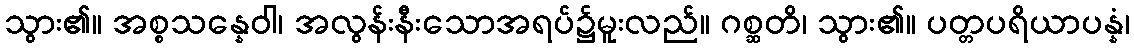
သွား၏။ အစ္စသန္နေဝါ၊ အလွန်းနီးသောအရပ်၌မူးလည်။ ဂစ္ဆတိ၊ သွား၏။ ပတ္တပရိယာပန္နံ၊